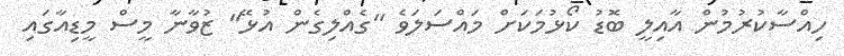
ހިއްސާކުރުމުން އާއިލީ ބޮޑު ކޯޅުމަކަށް މައްސަލަވެ "ގެއްލިގެން އުޅޭ" ޒުވާނާ މީސް މީޑިއާގައި